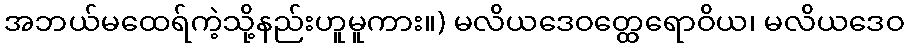
အဘယ်မထေရ်ကဲ့သို့နည်းဟူမူကား။) မလိယဒေဝတ္ထေရောဝိယ၊ မလိယဒေဝ